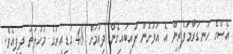
އެސްގެ ހަނގުރާމަވެރިން އެ އަވަށުން ފައިބައިގެން ދިއުމަށް 48 ގަޑިއިރުގެ މުހުލަތު ދީފިއެވެ.